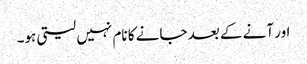
اور آنے کے بعد جانے کا نام نہیں لیتی ہو۔